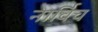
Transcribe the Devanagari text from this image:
नार्विच